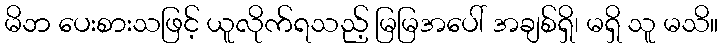
မိဘ ပေးစားသဖြင့် ယူလိုက်ရသည့် မြမြအပေါ် အချစ်ရှိ၊ မရှိ သူ မသိ။